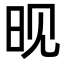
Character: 𬀪